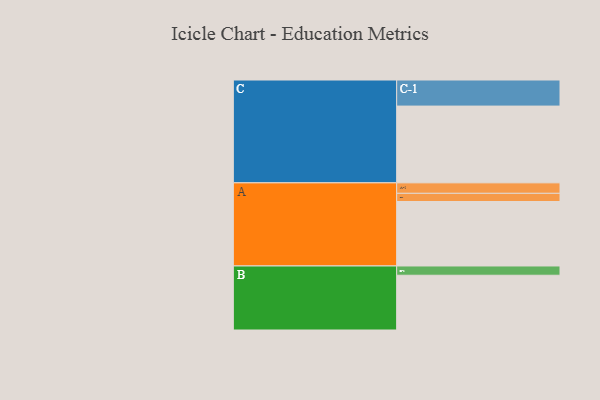
{"axis": {"x": "Segment", "y": "Value"}, "legend": ["", "A", "B", "C"], "data": [{"x": "A", "y": 425, "type": ""}, {"x": "B", "y": 361, "type": ""}, {"x": "C", "y": 506, "type": ""}, {"x": "A-1", "y": 69, "type": "A"}, {"x": "A-2", "y": 54, "type": "A"}, {"x": "B-1", "y": 61, "type": "B"}, {"x": "C-1", "y": 172, "type": "C"}]}